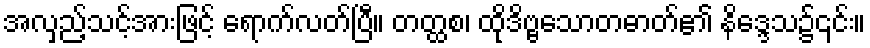
အလှည့်သင့်အားဖြင့် ရောက်လတ်ပြီ။ တတ္ထစ၊ ထိုဒိဗ္ဗသောတဓာတ်၏ နိဒ္ဒေသ၌၎င်း။